Bréfritari: Þórunn Pálsdóttir
Viðtakandi: Páll Pálsson
Dagsetning: A-1828-01-01
Skrifað á: Hallfreðarstöðum  N-Múl.
Páll var bróðir Þórunnar

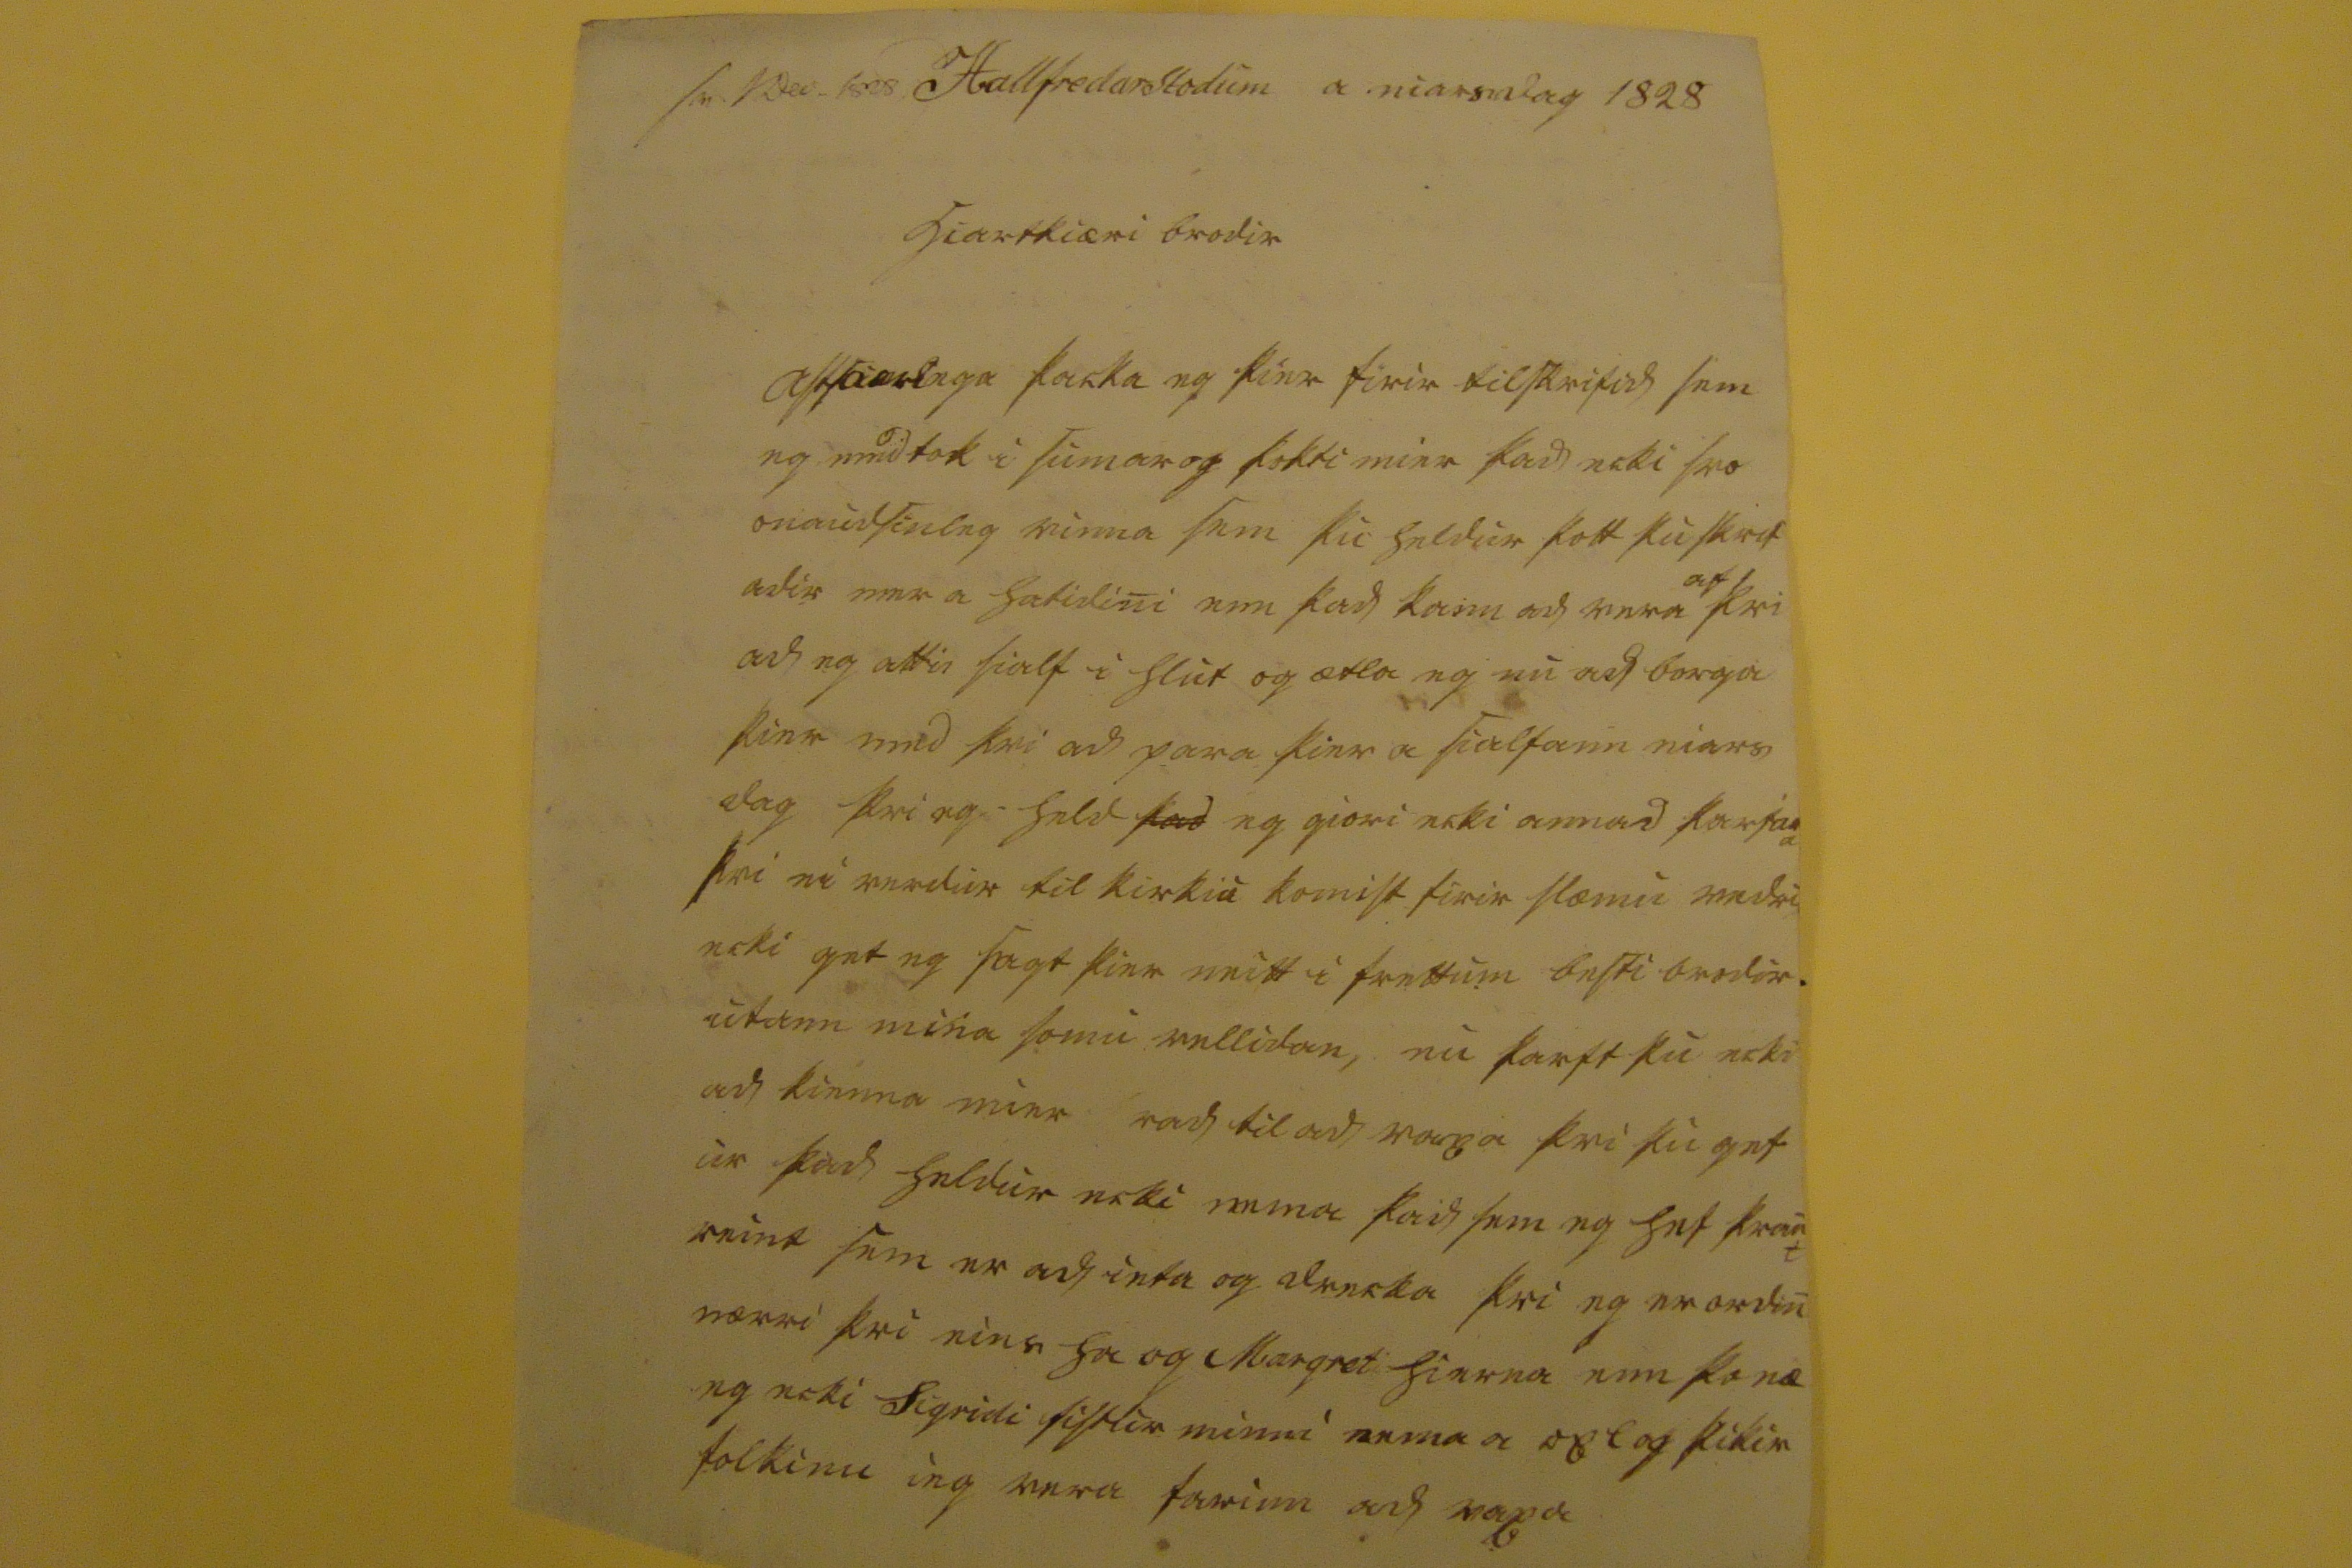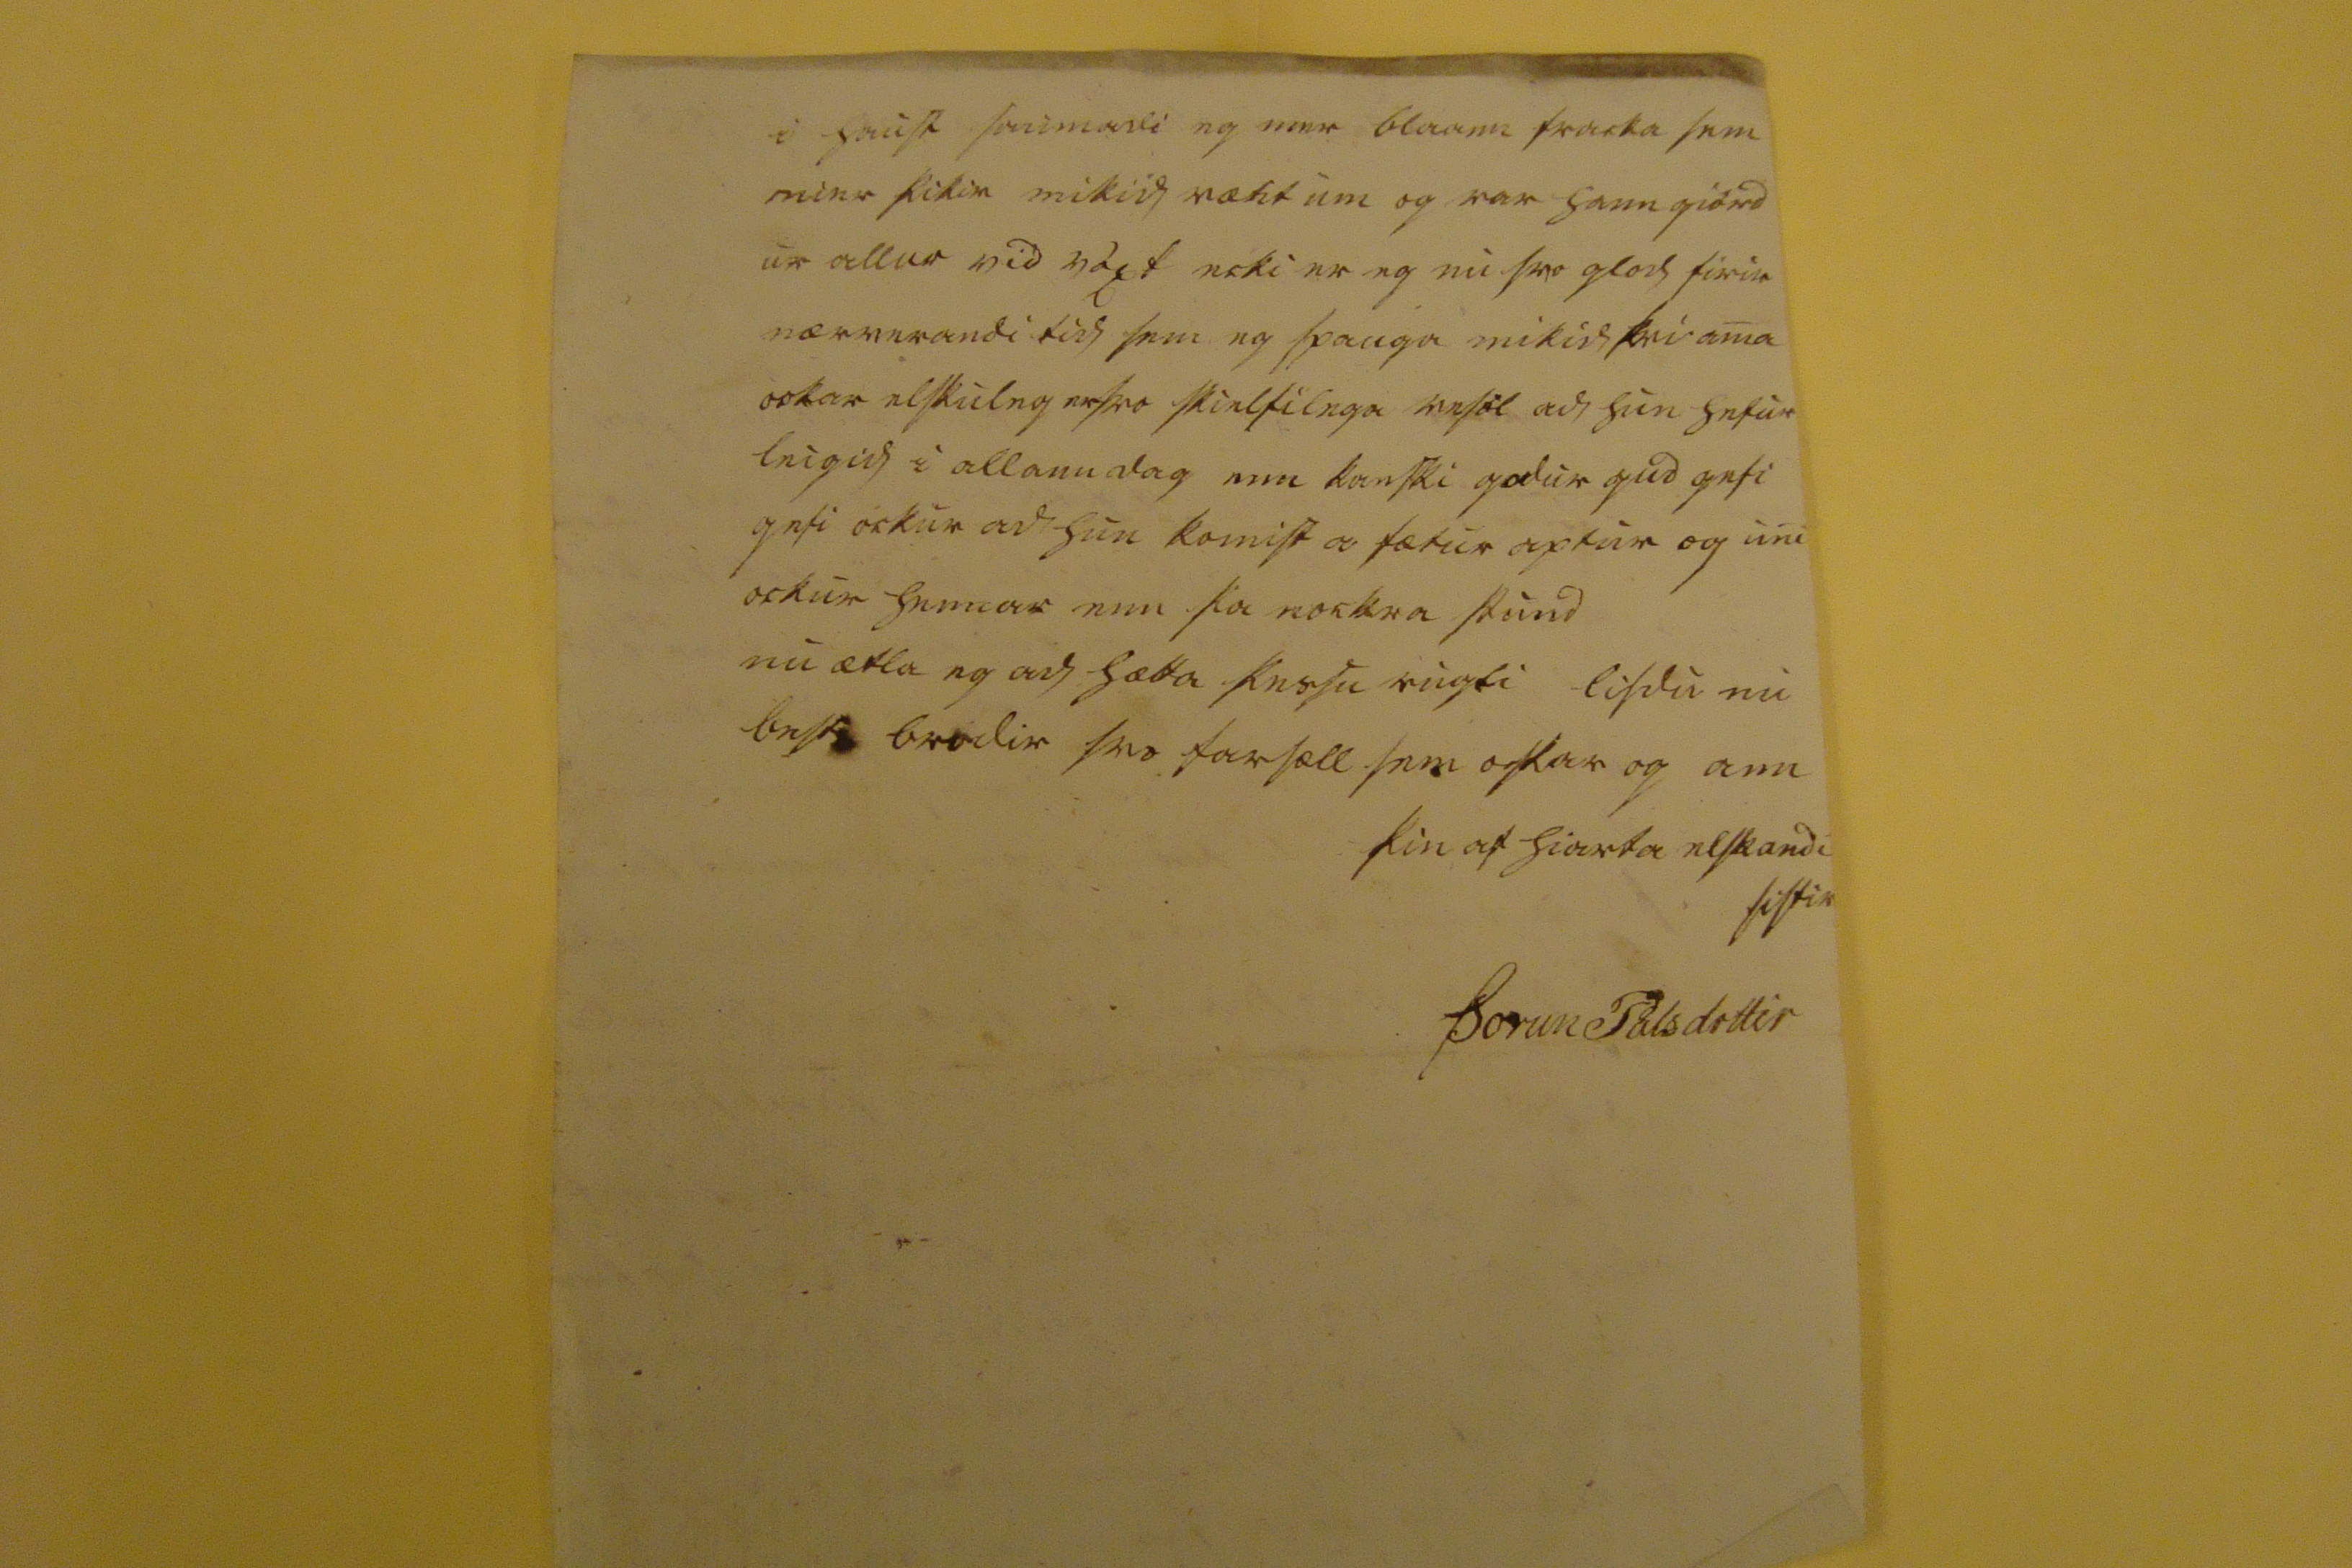

00 Nov 1828
Hallfredarstodum a niarsdag 1828
hiartkiæri brodir
astkiærlega
þacka eg þier firir tilskrifid sem eg medtok i sumar og þokti mier þad ecki svo onaudsinleg vinna sem þu heldur þott þu skrif adir mer a hatidini enn þad kann ad vera
af
þvi ad eg atti0 sialf i hlut og ætla eg en ad borga þier med þvi ad para þier a sialfann niars dag þvi eg held
þad
eg giori ecki annad
karfa00
þvi ei verdur til kirkiu komist firir slæmu vedri ecki get eg sagt þier neitt i frettum besti brodir utann mina somu vellidan, nu þarft þu ecki ad kienna mier rad til ad
rapa
þvi þu get ur þad heldur ecki nema þad sem eg hef
krank reint
sem er ad ieta og drecka þvi eg er ordin nærri þvi eins ha og Margret hierna enn þo næ eg ecki Sigridi sistir minni nema a opt og þikir folkinu ieg vera farinn ad rapa
i haust saumadi eg mer blaann fracka sem mier þikir mikid vænt um og var hann giord ur allur vid
vá0t
ecki er eg nu svo glod firir nærverandi tid sem eg spauga mikid þvi ama ockar elskuleg ersvo skielfilega vesöl ad hun hefur leigid i allann dag enn kanski godur gud gefi gefi ockur ad hun komist a fætur aptur og uni ockur hennar enn þa nockra stund nu ætla eg ad hætta þessu rugli lifdu nu best brodir svo farsæll sem oskar og ann
þin af hiarta elskandi sistir
Þorun Palsdottir